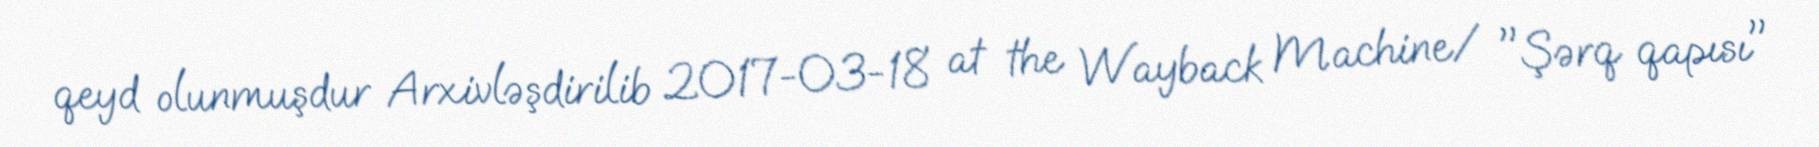
qeyd olunmuşdur Arxivləşdirilib 2017-03-18 at the Wayback Machine/ "Şərq qapısı"